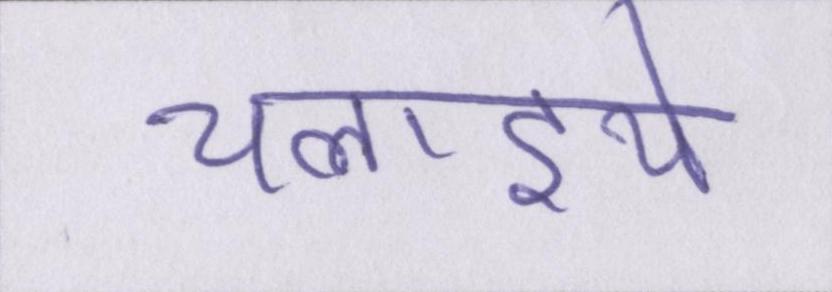
चलाइये